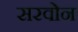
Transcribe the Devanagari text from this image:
सरवोन